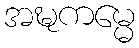
အဍ္ဎကမ္မေ